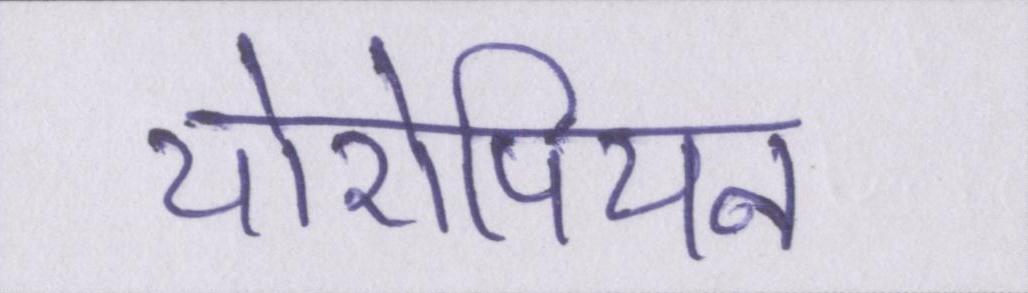
योरोपियन